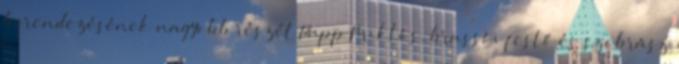
berendezésének nagyobb részét Papp Miklós, brassói festő és szobrász